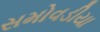
સમોવડીયા